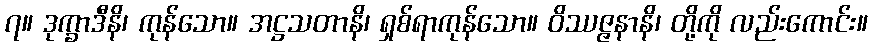
၇။ ဒုက္ခာဒီနိ၊ ကုန်သော။ အဋ္ဌသတာနိ၊ ရှစ်ရာကုန်သော။ ဝိဿဇ္ဇနာနိ၊ တို့ကို လည်းကောင်း။